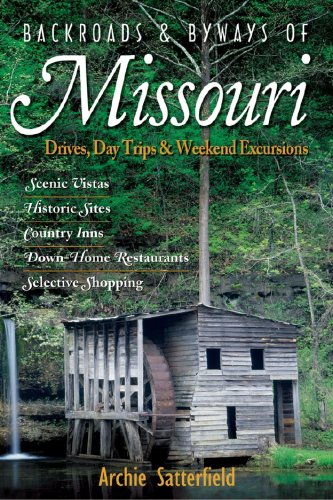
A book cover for Backroads & Byways of Missouri: Drives, Day Trips & Weekend Excursions (Backroads & Byways); Archie Satterfield; Travel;